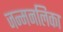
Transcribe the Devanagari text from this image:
जन्मनलिका